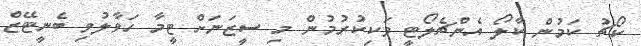
ކޯޗު ކަމުން ކާލޯ އެންޗެލޯޓީ ވަކިކުރުމުން މި ސީޒަނަށް ޓީމާ ހަވާލުވި ބެނީޓޭޒް